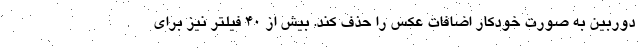
دوربین به صورت خودکار اضافات عکس را حذف کند. بیش از 40 فیلتر نیز برای